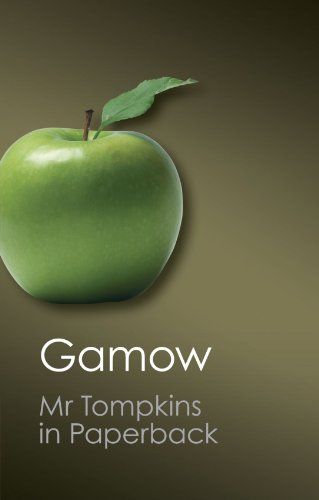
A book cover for Mr Tompkins in Paperback (Canto Classics); George Gamow; Science & Math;